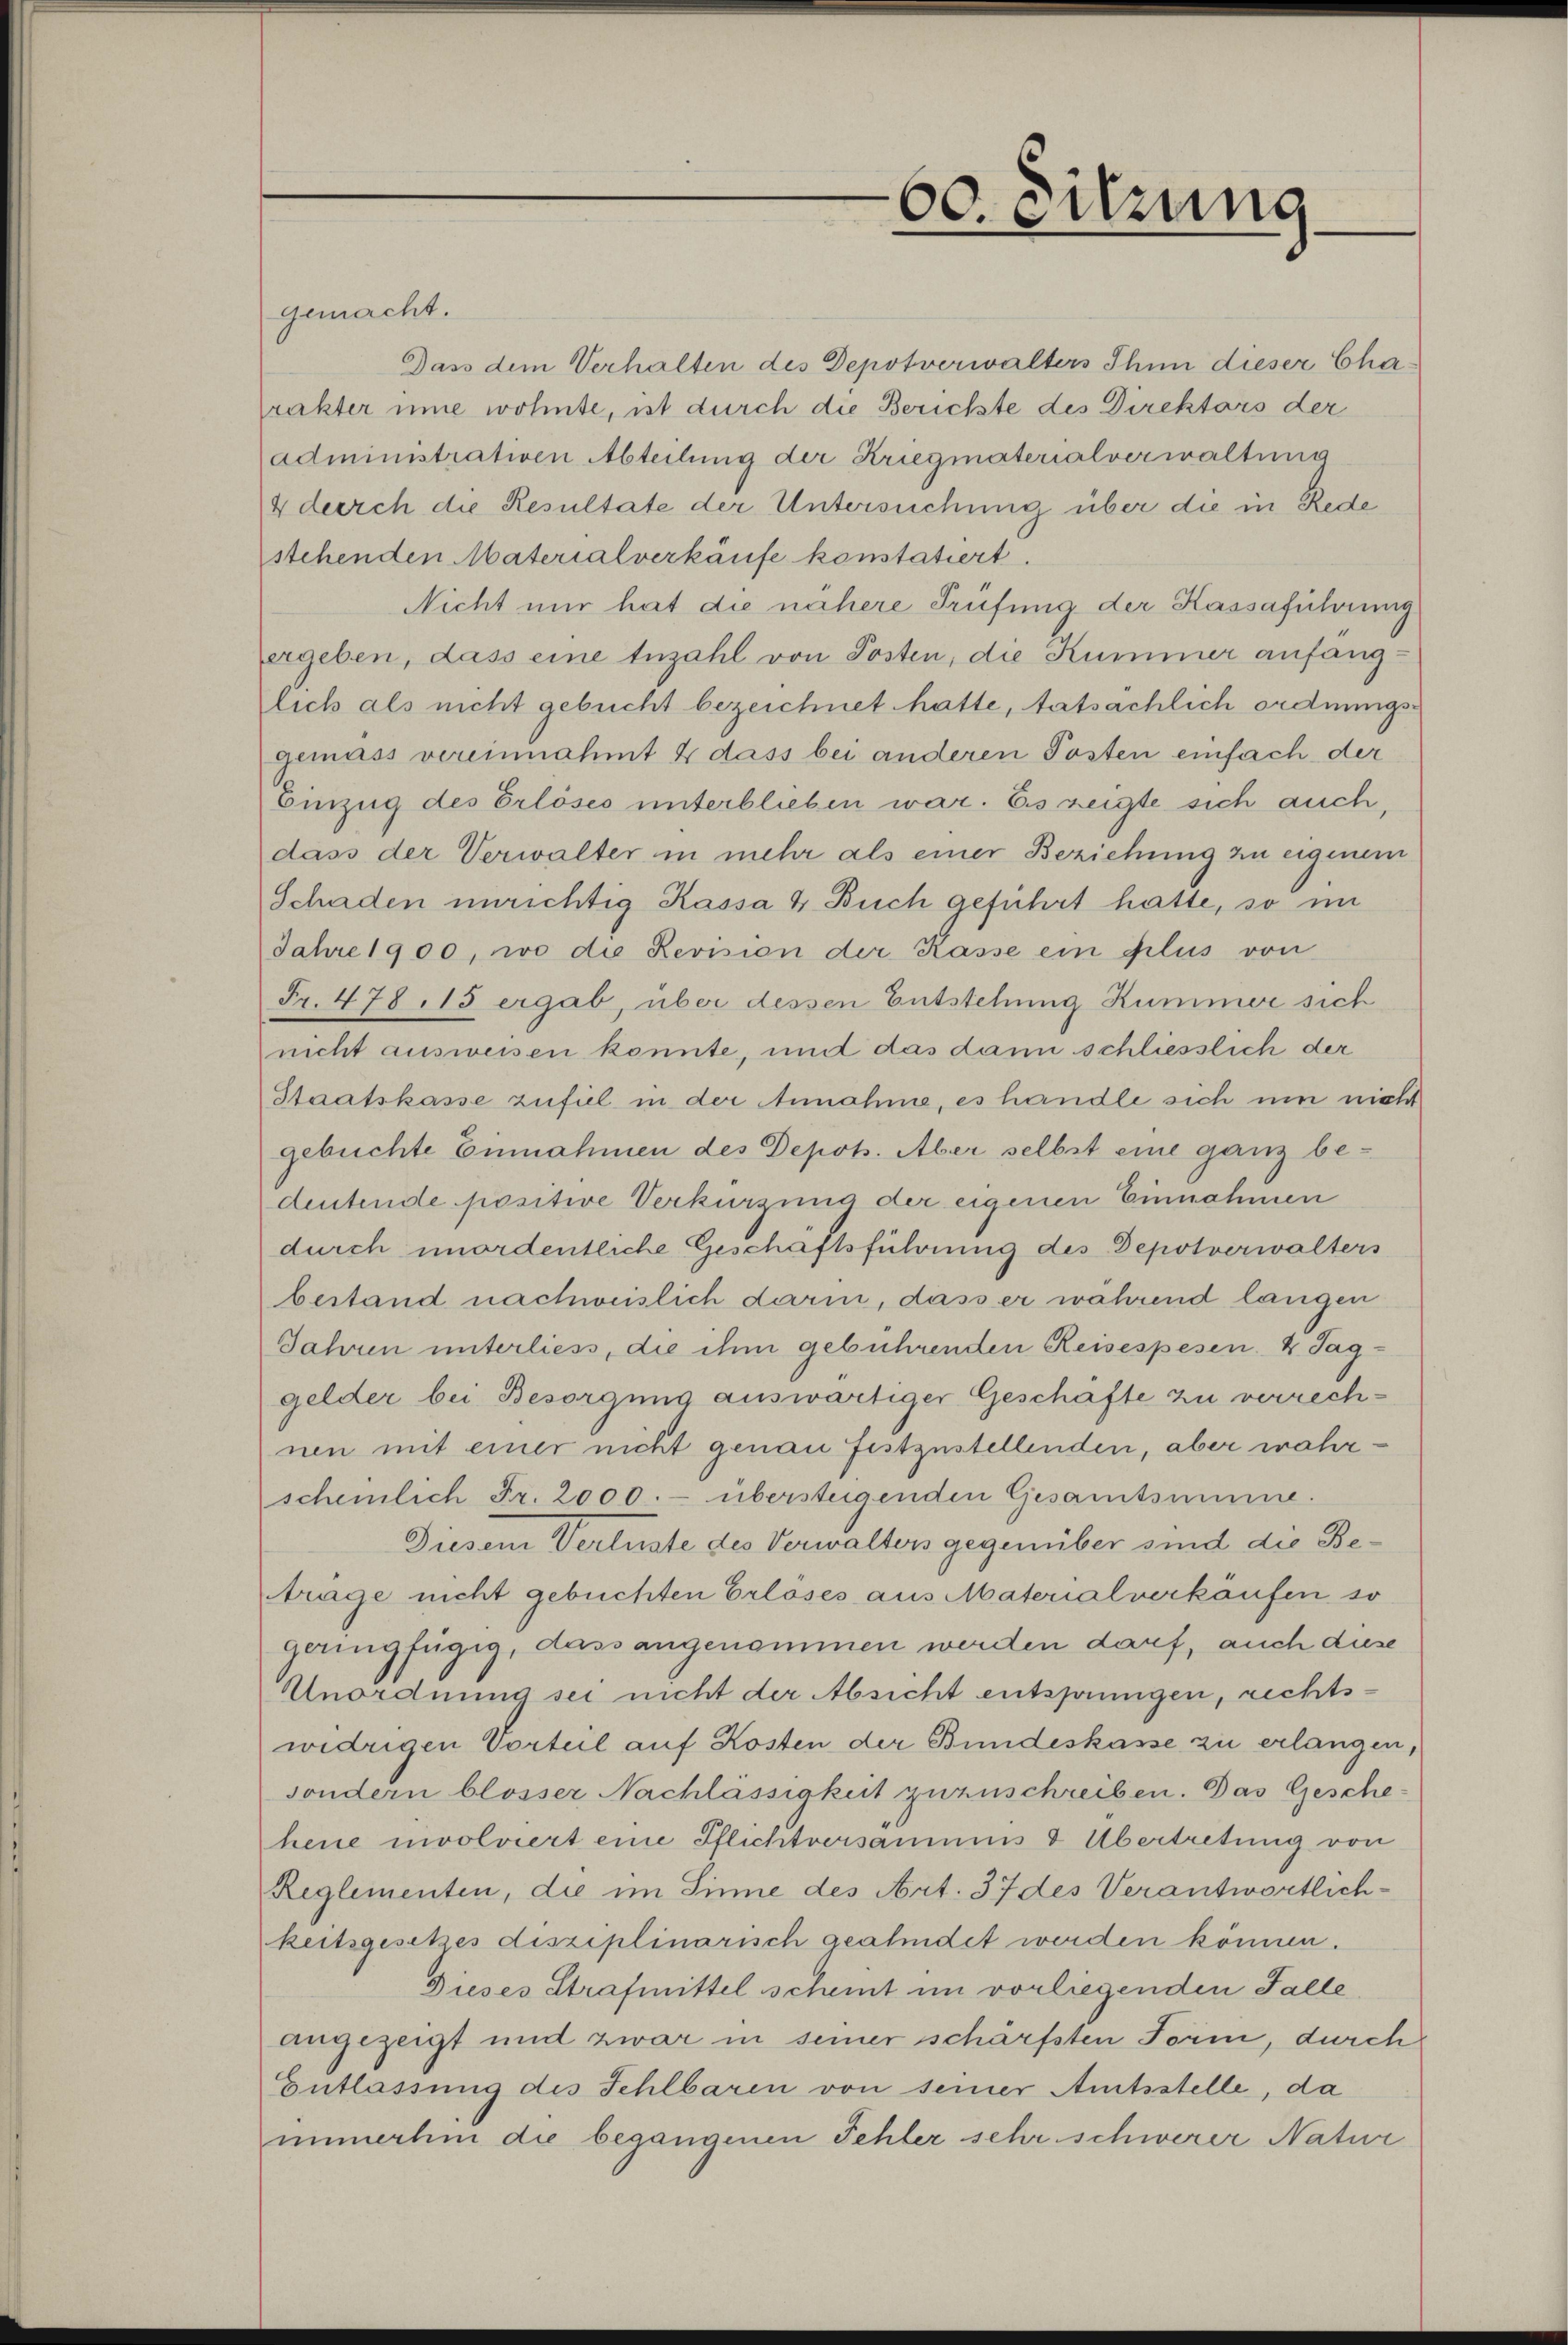
60. Sitzung

gemacht.
Dass dem Verhalten des Depotverwalters Ihnn dieser Cha-
rakter inne wohnte, ist durch die Berichte des Direktors der
administrativen Abteilung der Kriegmaterialverwaltung
4 durch die Resultate der Untersuchung über die in Rede
stehenden Materialverkäufe konstatiert.
Nicht nur hat die nähere Prüfung der Kassaführung
ergeben, dass eine Anzahl von Posten, die Kummer anfanglich als nicht gebucht bezeichnet hatte, tatsächlich ordnungsgemäss vereinnahmt & dass bei anderen Posten einfach der
Einzug des Erlöses unterblieben war. Es zeigte sich auch,
dass der Verwalter in mehr als einer Beziehung zu eigenen
Schaden unrichtig Kassa & Buch geführt hatte, so im
Jahre 1900, wo die Revision der Kasse ein plus von
Fr. 478,15 ergab, über dessen Entstehung Kummer sich
nicht ausweisen konnte, und das dann schliesslich der
Staatskasse zufiel in der Annahme, es handle sich um nicht
gebuchte Einnahmen des Depos. Aber selbst eine ganz bedeutende positive Verkürzung der eigenen Einnahmen
durch unordentliche Geschäftsführung des Depotverwalters
bestand nachweislich darin, dass er während langen
Jahren unterliess, die ihm gebührenden Reisespesen 4 Taggelder bei Besorgung auswärtiger Geschäfte zu verrechnen mit einer nicht genau festzustellenden, aber wahrschemlich Fr. 2000.- übersteigenden Gesamtsumme.
Diesem Verluste des Verwalters gegenüber sind die Beträge nicht gebuchten Erlöses aus Materialverkäufen so
gangfügig, dass angenommen werden darf, auch diese
Unordnung sei nicht der Absicht entsprungen, rechtswidrigen Vorteil auf Kosten der Bundeskasse zu erlangen,
sondern blosser Nachlassigkeit zuzuschreiben. Das Gesche-
heue involviert eine Pflichtversammes & Übertretung von
Reglementen, die im Sinne des Art. 37 des Verantwortlich-
keitsgesetzes disziplinarisch geahndet werden können.
Dieses Strafmittel scheint im vorliegenden Falle
angezeigt und zwar in seiner schärfsten Form, durch
Entlassung des Fehlbaren von seiner Amtsstelle, da
immerhin die begangenen Fehler sehr schwerer Natur